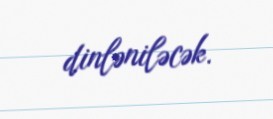
dinləniləcək.